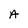
Character: A